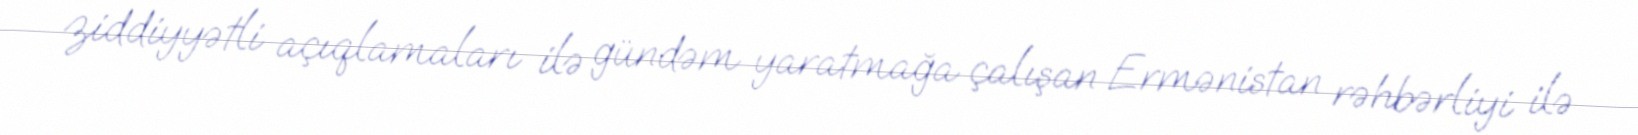
ziddiyyətli açıqlamaları ilə gündəm yaratmağa çalışan Ermənistan rəhbərliyi ilə